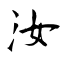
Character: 汝